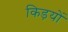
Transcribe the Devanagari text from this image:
किड़यों